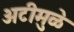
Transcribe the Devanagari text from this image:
अटीमुळे